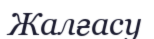
Жалғасу